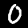
Label: 0